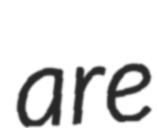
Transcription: are